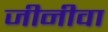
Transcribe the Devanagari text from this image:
जीनीवा